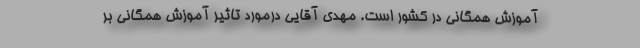
آموزش همگانی در کشور است. مهدی آقایی درمورد تاثیر آموزش همگانی بر